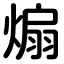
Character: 煽